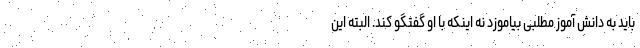
باید به دانش آموز مطلبی بیاموزد نه اینکه با او گفتگو کند. البته این